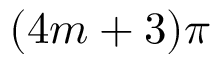
( 4 m + 3 ) \pi